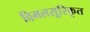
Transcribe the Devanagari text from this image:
विमलसूरिकृत